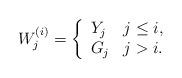
LaTeX: \begin{align*}W^{(i)}_j=\left\{\begin{array}{ll}Y_j & j\leq i, \\G_j & j>i. \end{array}\right.\end{align*}